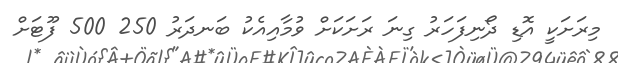
މިރަށަކީ އޮޑި ދޯނިފަހަރު ގިނަ ރަށަކަށް ވުމާއިއެކު ބަނދަރު 250 500 ފޫޓަށް